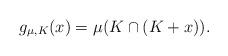
LaTeX: \begin{align*}g_{\mu,K}(x)=\mu(K\cap(K+x)).\end{align*}